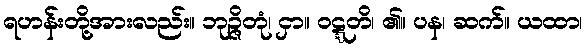
ရဟန်းတို့အားလည်း။ ဘုဉ္ဇိတုံ၊ ငှာ။ ဝဋ္ဋတိ၊ ၏။ ပန၊ ဆက်။ ယထာ၊